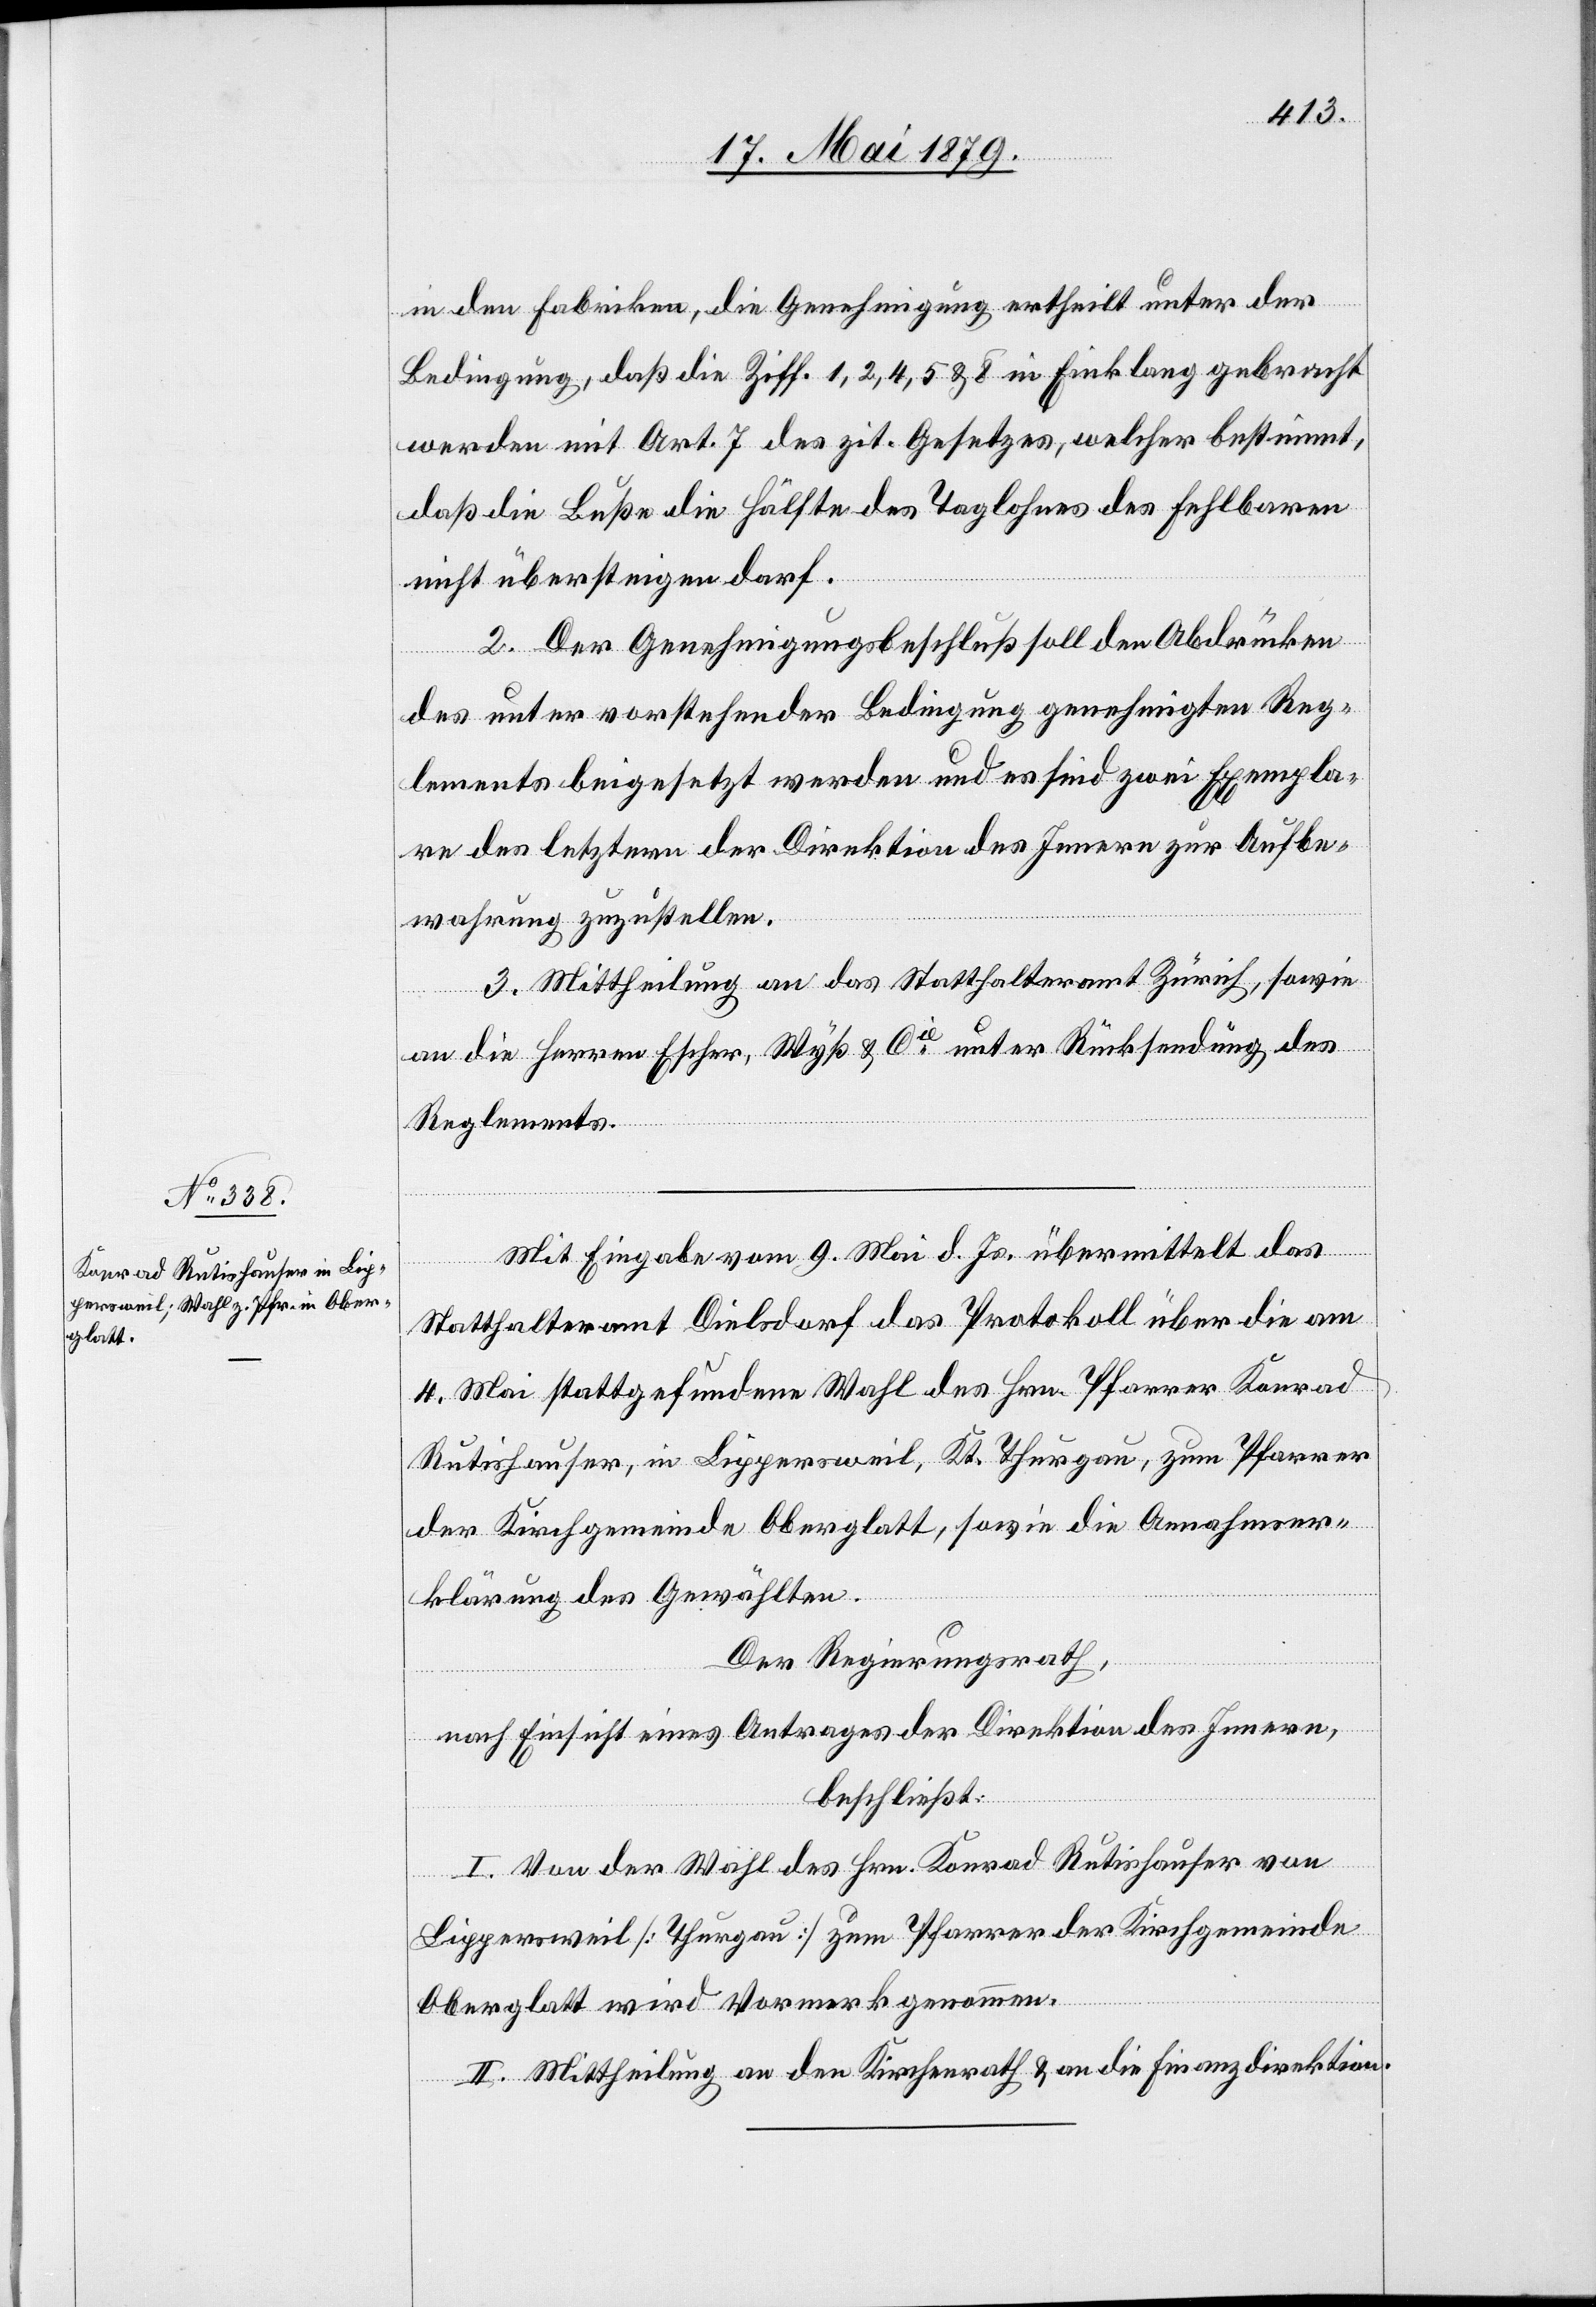
in den Fabriken, die Genehmigung ertheilt unter der
Bedingung, daß die Ziff. 1, 2, 4, 5 & 8 in Einklang gebracht
werden mit Art. 7 des zit. Gesetzes, welcher bestimmt,
daß die Buße die Hälfte des Taglohnes des Fehlbaren
nicht übersteigen darf.
2. Der Genehmigungsbeschluß soll den Abdrücken
des unter vorstehender Bedingung genehmigten Reg¬
lements beigesetzt werden und es sind zwei Exempla¬
re des letztern der Direktion des Innern zur Aufbe¬
wahrung zuzustellen.
3. Mittheilung an das Statthalteramt Zürich, sowie
an die Herren Escher, Wyß & Cie unter Rücksendung des
Reglements.
Mit Eingabe vom 9. Mai d. Js. übermittelt das
Statthalteramt Dielsdorf das Protokoll über die am
4. Mai stattgefundene Wahl des Hrn. Pfarrer Konrad
Rutishauser, in Lippersweil, Kt. Thurgau, zum Pfarrer
der Kirchgemeinde Oberglatt, sowie die Annahmser¬
klärung des Gewählten.
Der Regierungsrath,
nach Einsicht eines Antrages der Direktion des Innern,
beschließt:
I. Von der Wahl des Hrn. Konrad Rutishauser von
Lippersweil [Thurgau] zum Pfarrer der Kirchgemeinde
Oberglatt wird Vormerk genommen.
II. Mittheilung an den Kirchenrath & an die Finanzdirektion.